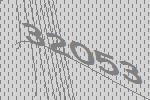
32053